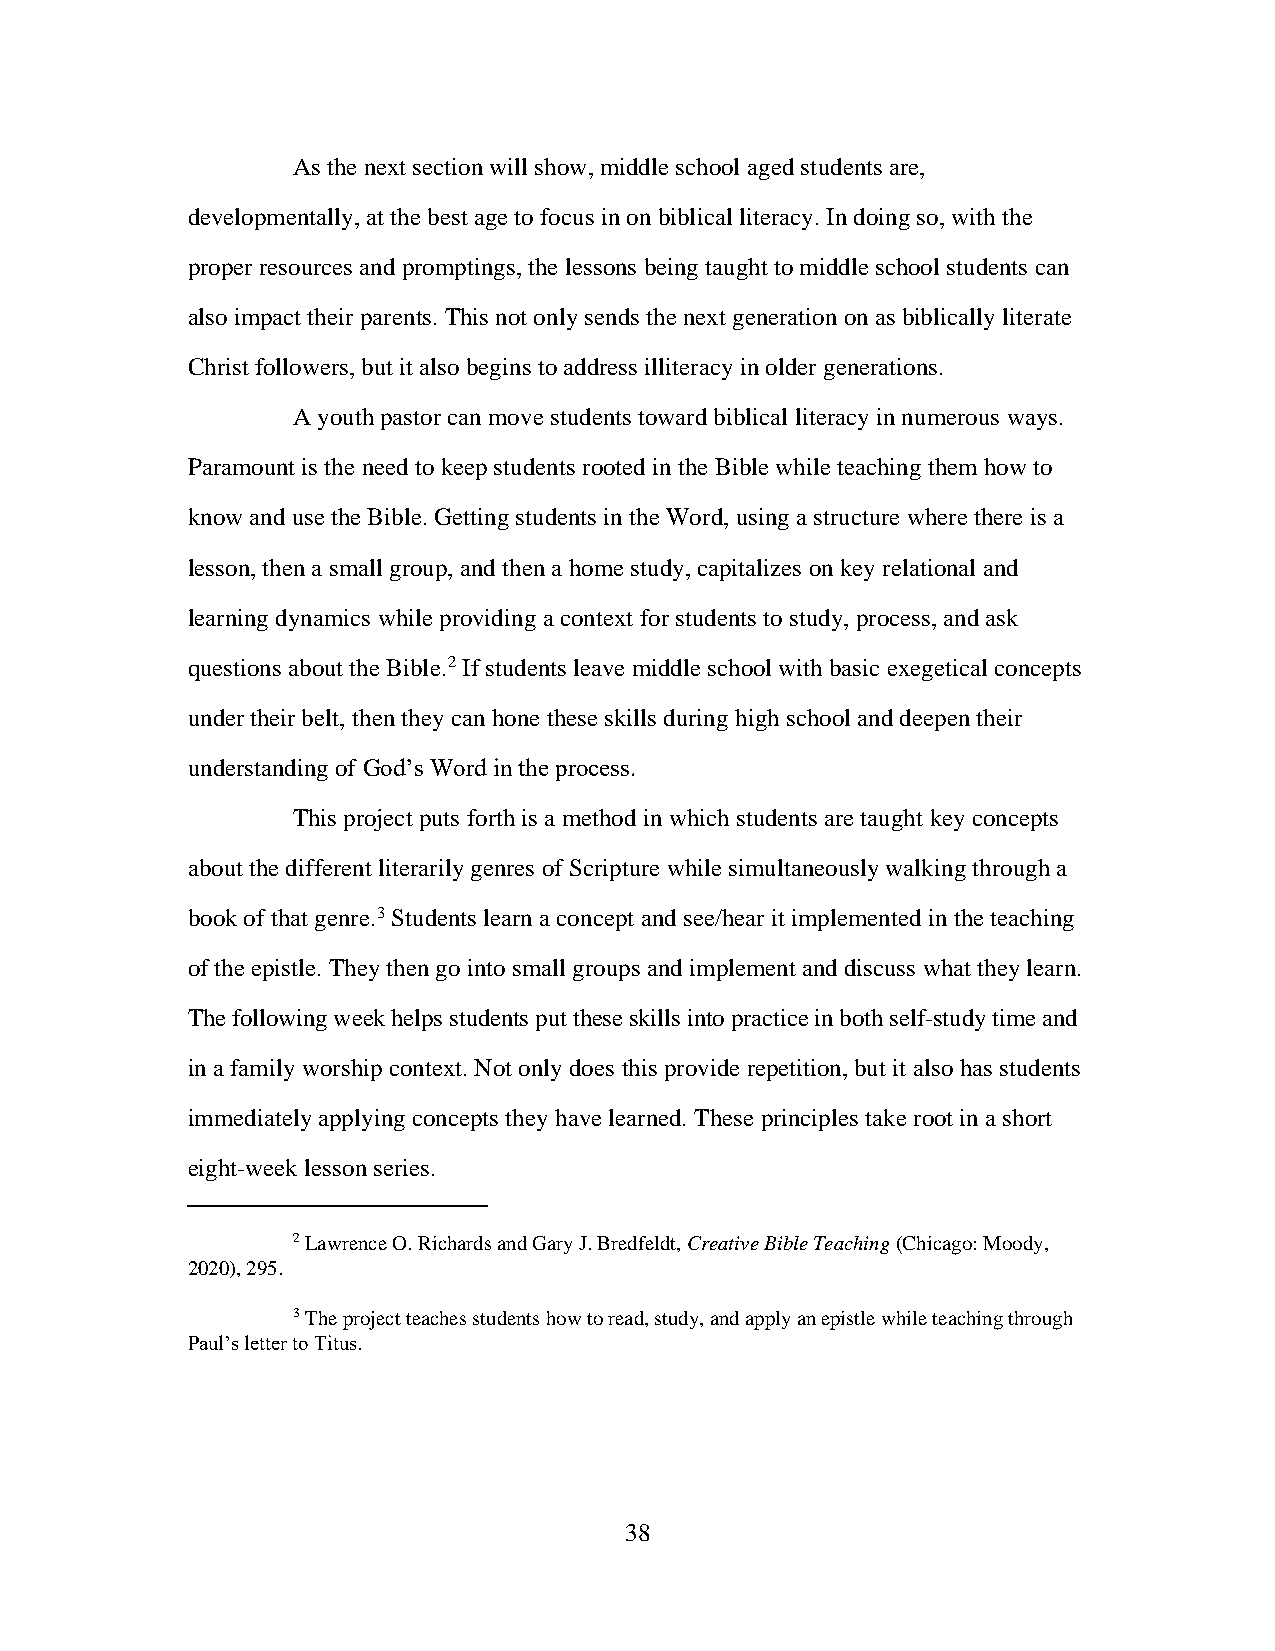
As the next section will show, middle school aged students are,
 developmentally, at the best age to focus in on biblical literacy. In doing so, with the
 proper resources and promptings, the lessons being taught to middle school students can
 also impact their parents. This not only sends the next generation on as biblically literate
 Christ followers, but it also begins to address illiteracy in older generations.
 A youth pastor can move students toward biblical literacy in numerous ways.
 Paramount is the need to keep students rooted in the Bible while teaching them how to
 know and use the Bible. Getting students in the Word, using a structure where there is a
 lesson, then a small group, and then a home study, capitalizes on key relational and
 learning dynamics while providing a context for students to study, process, and ask
 questions about the Bible.2 If students leave middle school with basic exegetical concepts
 under their belt, then they can hone these skills during high school and deepen their
 understanding of God’s Word in the process.
 This project puts forth is a method in which students are taught key concepts
 about the different literarily genres of Scripture while simultaneously walking through a
 book of that genre.3 Students learn a concept and see/hear it implemented in the teaching
 of the epistle. They then go into small groups and implement and discuss what they learn.
 The following week helps students put these skills into practice in both self-study time and
 in a family worship context. Not only does this provide repetition, but it also has students
 immediately applying concepts they have learned. These principles take root in a short
 eight-week lesson series.
 2 Lawrence O. Richards and Gary J. Bredfeldt, Creative Bible Teaching (Chicago: Moody,
 2020), 295.
 3 The project teaches students how to read, study, and apply an epistle while teaching through
 Paul’s letter to Titus.
 38